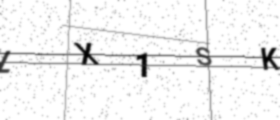
Text: LX1SK